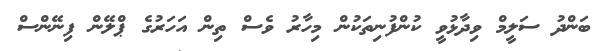
ބަންދު ސަލީމް ވިދާޅުވީ ކުންފުނިތަކުން މިހާރު ވެސް ތިން އަހަރުގެ ޕްލޭން ފިނޭންސް